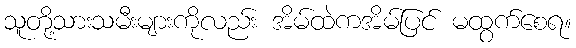
သူတို့သားသမီးများကိုလည်း အိမ်ထဲကအိမ်ပြင် မထွက်စေရ။